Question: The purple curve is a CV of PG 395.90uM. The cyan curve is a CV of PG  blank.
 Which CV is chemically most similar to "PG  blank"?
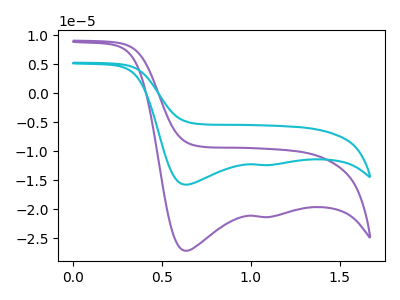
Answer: <think>The purple curve "PG 395.90uM" has cathodic peaks at (0.65V, -27.20uA) (1.05V, -21.35uA). The cyan curve "PG  blank" has cathodic peaks at (0.65V, -15.80uA) (1.05V, -12.40uA).
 All the peaks in "PG 395.90uM" have a peak in "PG  blank" at the same potential. Every peak in "PG 395.90uM" is higher than every peak in "PG  blank".</think>
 <answer>The CV with the most similar shape to "PG 395.90uM" is "PG  blank".</answer>
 <eval>"PG  blank"</eval>